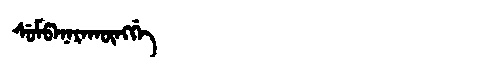
Manchu: ᠰᡠᠮᡦᠠᠨᠠᡵᠠᡴᡡᠩᡤᡝ
Romanization: SUMPANARAKŪNGGE